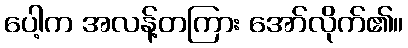
ပေါ့က အလန့်တကြား အော်လိုက်၏။